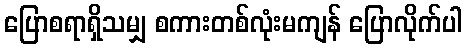
ပြောစရာရှိသမျှ စကားတစ်လုံးမကျန် ပြောလိုက်ပါ